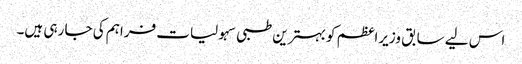
اس لیے سابق وزیراعظم کو بہترین طبی سہولیات فراہم کی جا رہی ہیں۔